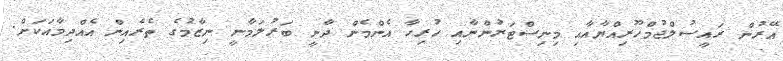
އޭރުން ރައީސުލްޖުމްހޫރިއްޔާއާއި މިނިސްޓަރުންނާއި ހުރިހާ އެންމެން ދާނީ ބަރުލަމާނީ ނިޒާމުގެ ތެރެއިން އެއްދިމާއަކަށް.